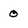
Character: 0